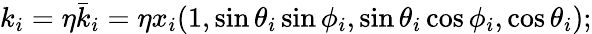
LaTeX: k_{i}=\eta\bar{k}_{i}=\eta x_{i}(1,\sin\theta_{i}\sin\phi_{i},\sin\theta_{i}\cos\phi_{i},\cos\theta_{i});